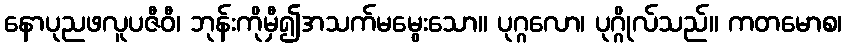
နောပုညဖလူပဇီဝီ၊ ဘုန်းကိုမှီ၍အသက်မမွေးသော။ ပုဂ္ဂလော၊ ပုဂ္ဂိုလ်သည်။ ကတမောစ၊